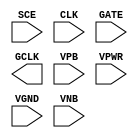
module sky130_fd_sc_hd__sdlclkp (
    //# {{scanchain|Scan Chain}}
    input  SCE ,

    //# {{clocks|Clocking}}
    input  CLK ,
    input  GATE,
    output GCLK,

    //# {{power|Power}}
    input  VPB ,
    input  VPWR,
    input  VGND,
    input  VNB
);
endmodule